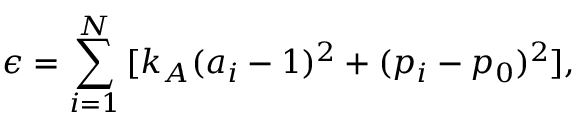
\epsilon = \sum _ { i = 1 } ^ { N } { [ k _ { A } ( a _ { i } - 1 ) ^ { 2 } + ( p _ { i } - p _ { 0 } ) ^ { 2 } ] } ,